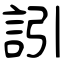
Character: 訠